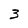
Character: 3